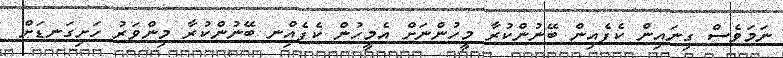
ނަމަވެސް ގިނައިން ކެފެއިން ބޭނުންކުރާ މީހުންނަށް އެމީހުން ކެފެއިްނ ބޭނުންކުރާ މިންވަރު ހަށިގަނޑަށް